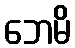
ဘေမိ